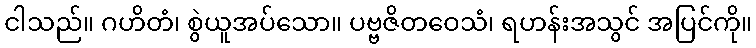
ငါသည်။ ဂဟိတံ၊ စွဲယူအပ်သော။ ပဗ္ဗဇိတဝေသံ၊ ရဟန်းအသွင် အပြင်ကို။